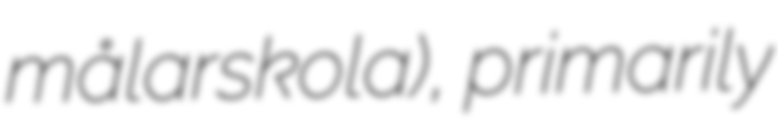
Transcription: målarskola), primarily